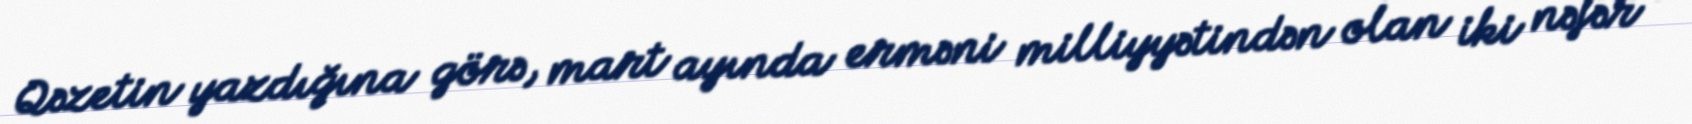
Qəzetin yazdığına görə, mart ayında erməni milliyyətindən olan iki nəfər -